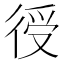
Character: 𢔏